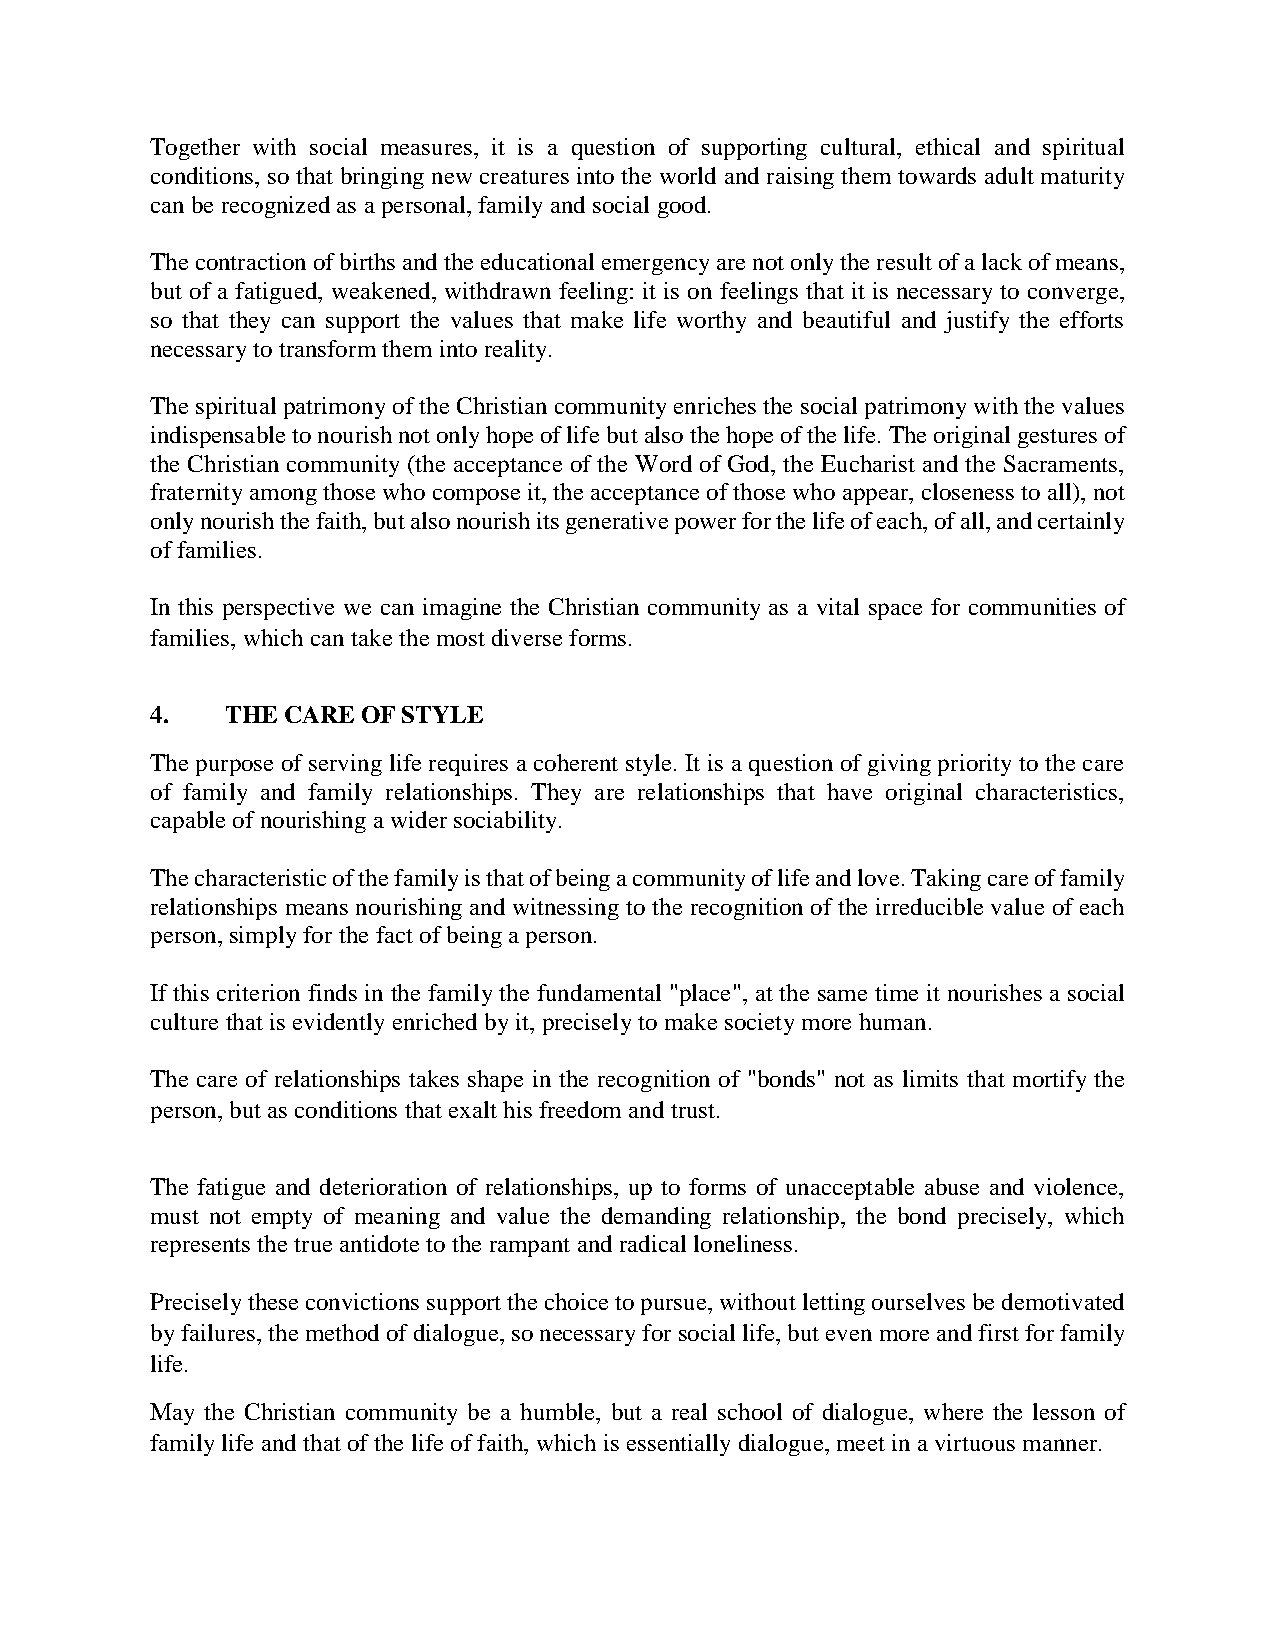
Together with social measures, it is a question of supporting cultural, ethical and spiritual
 conditions, so that bringing new creatures into the world and raising them towards adult maturity
 can be recognized as a personal, family and social good.
 The contraction of births and the educational emergency are not only the result of a lack of means,
 but of a fatigued, weakened, withdrawn feeling: it is on feelings that it is necessary to converge,
 so that they can support the values that make life worthy and beautiful and justify the efforts
 necessary to transform them into reality.
 The spiritual patrimony of the Christian community enriches the social patrimony with the values
 indispensable to nourish not only hope of life but also the hope of the life. The original gestures of
 the Christian community (the acceptance of the Word of God, the Eucharist and the Sacraments,
 fraternity among those who compose it, the acceptance of those who appear, closeness to all), not
 only nourish the faith, but also nourish its generative power for the life of each, of all, and certainly
 of families.
 In this perspective we can imagine the Christian community as a vital space for communities of
 families, which can take the most diverse forms.
 4.   THE CARE OF STYLE
 The purpose of serving life requires a coherent style. It is a question of giving priority to the care
 of family and family relationships. They are relationships that have original characteristics,
 capable of nourishing a wider sociability.
 The characteristic of the family is that of being a community of life and love. Taking care of family
 relationships means nourishing and witnessing to the recognition of the irreducible value of each
 person, simply for the fact of being a person.
 If this criterion finds in the family the fundamental "place", at the same time it nourishes a social
 culture that is evidently enriched by it, precisely to make society more human.
 The care of relationships takes shape in the recognition of "bonds" not as limits that mortify the
 person, but as conditions that exalt his freedom and trust.
 The fatigue and deterioration of relationships, up to forms of unacceptable abuse and violence,
 must not empty of meaning and value the demanding relationship, the bond precisely, which
 represents the true antidote to the rampant and radical loneliness.
 Precisely these convictions support the choice to pursue, without letting ourselves be demotivated
 by failures, the method of dialogue, so necessary for social life, but even more and first for family
 life.
 May the Christian community be a humble, but a real school of dialogue, where the lesson of
 family life and that of the life of faith, which is essentially dialogue, meet in a virtuous manner.